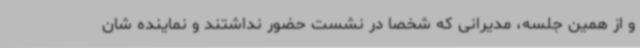
و از همین جلسه، مدیرانی که شخصا در نشست حضور نداشتند و نماینده شان